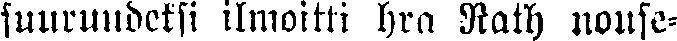
suurundeksi ilmoitti hra Rath nouse-